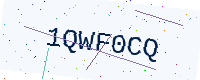
Text: 1QWF0CQ